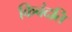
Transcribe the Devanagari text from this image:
किबंदति